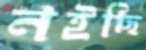
নইছি